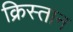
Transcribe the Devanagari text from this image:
क्रिस्तान